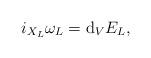
LaTeX: \begin{gather*} i _{ X _L } \omega _L = \mathrm{d} _V E _L , \end{gather*}